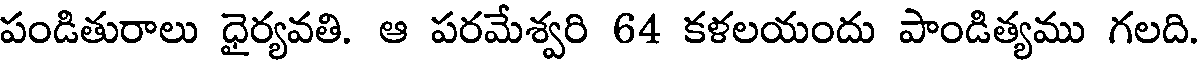
పండితురాలు ధైర్యవతి. ఆ పరమేశ్వరి 64 కళలయందు పాండిత్యము గలది